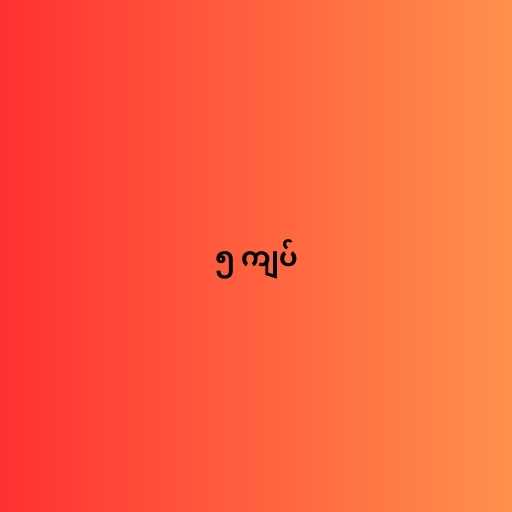
၅ ကျပ်